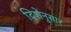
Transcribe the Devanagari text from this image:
दिशेनुसार